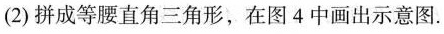
(2)拼成等腰直角三角形，在图4中画出示意图。